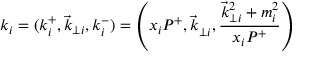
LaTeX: k _ { i } = ( k _ { i } ^ { + } , { \vec { k } } _ { \perp i } , k _ { i } ^ { - } ) = \left( x _ { i } P ^ { + } , { \vec { k } } _ { \perp i } ^ { ~ } , \frac { { \vec { k } } _ { \perp i } ^ { 2 } + m _ { i } ^ { 2 } } { x _ { i } P ^ { + } } \right)